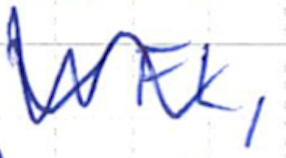
Text: WFL,
Cross-out: mix
Writing tool: ballpoint